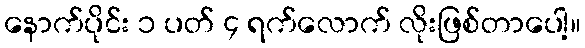
နောက်ပိုင်း ၁ ပတ် ၄ ရက်လောက် လိုးဖြစ်တာပေါ့။